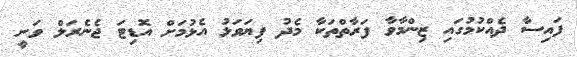
ފައިސާ ދެއްކުމުގައި ޒިންމާވާ ފަރާތްތަކާ މެދު ފިޔަވަޅު އެޅުމަށް އޮޑިޓަ ޖެނެރަލް ވަނީ